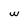
Character: w